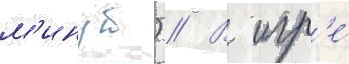
м'инут) // В игр'е́